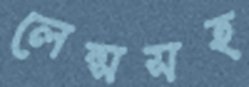
লেন্সসহ